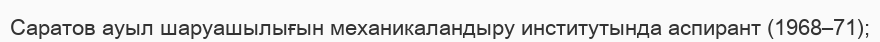
Саратов ауыл шаруашылығын механикаландыру институтында аспирант (1968–71);